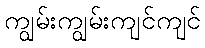
ကျွမ်းကျွမ်းကျင်ကျင်